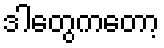
ဒါတွေကတော့